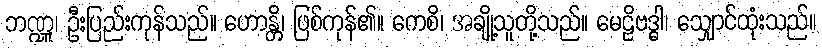
ဘဏ္ဍူ၊ ဦးပြည်းကုန်သည်။ ဟောန္တိ၊ ဖြစ်ကုန်၏။ ကေစိ၊ အချို့သူတို့သည်။ မေဠိဗဒ္ဓါ၊ သျှောင်ထုံးသည်။